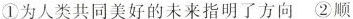
①为人类共同美好的未来指明了方向 ②顺